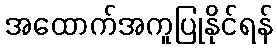
အထောက်အကူပြုနိုင်ရန်